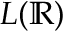
L ( \mathbb { R } )